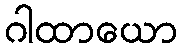
ဂါထာယော